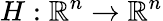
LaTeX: H:\mathbb{R}^{n}\rightarrow\mathbb{R}^{n}